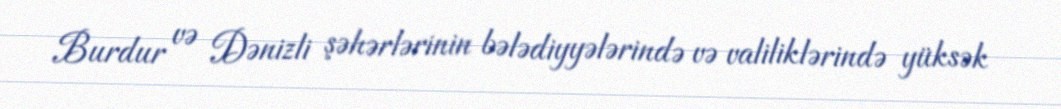
Burdur və Dənizli şəhərlərinin bələdiyyələrində və valiliklərində yüksək